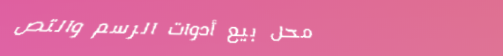
محل بيع أدوات الرسم والتص